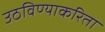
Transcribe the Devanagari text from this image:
उठविण्याकरिता